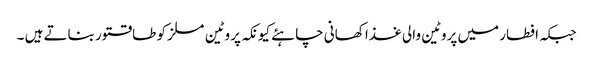
جبکہ افطار میں پروٹین والی غذا کھانی چاہئے کیونکہ پروٹین مسلز کو طاقتور بناتے ہیں ۔